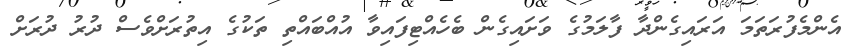
އެންމެފުރަތަމަ އަރައިގެންދާ ފާލަމުގެ ވަށައިގެން ބެހެއްޓިފައިވާ އުއްބައްތި ތަކުގެ އިތުރަށްވެސް ދުރު ދުރަށް